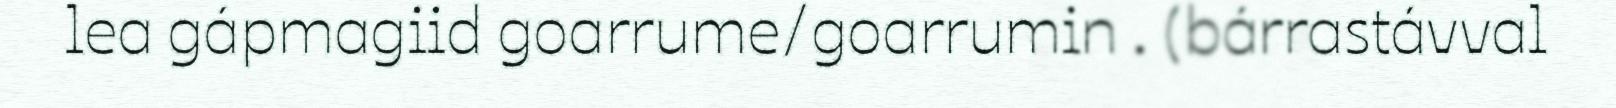
lea gápmagiid goarrume/goarrumin . (bárrastávval